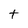
Character: t